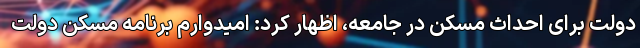
دولت برای احداث مسکن در جامعه، اظهار کرد: امیدوارم برنامه مسکن دولت